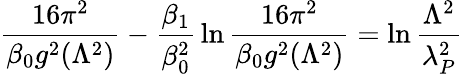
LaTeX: {\frac{16\pi^{2}}{\beta_{0}g^{2}(\Lambda^{2})}}-{\frac{\beta_{1}}{\beta_{0}^{2}}}\ln{\frac{16\pi^{2}}{\beta_{0}g^{2}(\Lambda^{2})}}=\ln{\frac{\Lambda^{2}}{\lambda_{P}^{2}}}